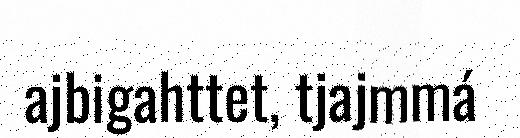
ajbigahttet, tjajmmá